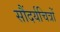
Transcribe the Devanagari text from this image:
सौंदर्यचित्रों